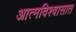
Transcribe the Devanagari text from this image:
आत्मविश्वासात